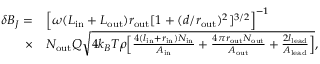
\begin{array} { r l } { \delta B _ { J } = } & { \Big [ { \omega ( L _ { \mathrm { i n } } + L _ { \mathrm { o u t } } ) r _ { \mathrm { o u t } } } [ 1 + ( d / r _ { \mathrm { o u t } } ) ^ { 2 } ] ^ { 3 / 2 } \Big ] ^ { - 1 } } \\ { \times } & { N _ { \mathrm { o u t } } Q \sqrt { 4 k _ { B } T \rho \Big [ \frac { 4 ( l _ { \mathrm { i n } } + r _ { \mathrm { i n } } ) N _ { \mathrm { i n } } } { A _ { \mathrm { i n } } } + \frac { 4 \pi r _ { \mathrm { o u t } } N _ { \mathrm { o u t } } } { A _ { \mathrm { o u t } } } + \frac { 2 l _ { \mathrm { l e a d } } } { A _ { \mathrm { l e a d } } } \Big ] } , } \end{array}